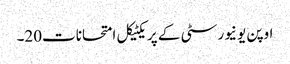
اوپن یونیورسٹی کے پریکٹیکل امتحانات20۔